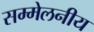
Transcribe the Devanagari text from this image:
सम्मेलनीय